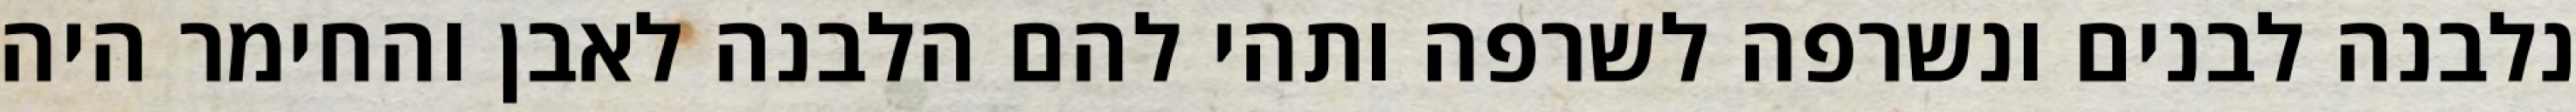
נלבנה לבנים ונשרפה לשרפה ותהי להם הלבנה לאבן והחימר היה